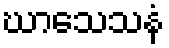
ဃာသေသနံ